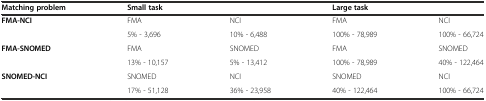
| Matching problem | <COLSPAN=2> Small task | <COLSPAN=2> Large task |
 | --- | --- | --- | --- | --- |
 | <ROWSPAN=2> FMA-NCI | FMA | NCI | FMA | NCI |
 | 5% - 3,696 | 10% - 6,488 | 100% - 78,989 | 100% - 66,724 |
 | <ROWSPAN=2> FMA-SNOMED | FMA | SNOMED | FMA | SNOMED |
 | 13% - 10,157 | 5% - 13,412 | 100% - 78,989 | 40% - 122,464 |
 | <ROWSPAN=2> SNOMED-NCI | SNOMED | NCI | SNOMED | NCI |
 | 17% - 51,128 | 36% - 23,958 | 40% - 122,464 | 100% - 66,724 |